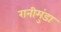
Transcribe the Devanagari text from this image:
रानीमुंडा